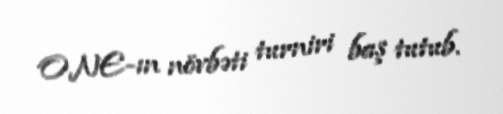
ONE-ın növbəti turniri baş tutub.